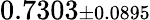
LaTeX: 0.7303{\scriptstyle\pm 0.0895}